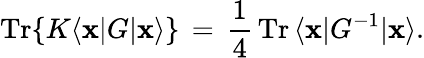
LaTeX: \mathrm{Tr}\{ K\langle{\mathbf x}|G|{\mathbf x}\rangle\} \, =\, \frac{1}{4}\, \mathrm{Tr}\, {\langle{\mathbf x}|G^{-1}|{\mathbf x}\rangle}.